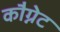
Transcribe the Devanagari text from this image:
कौग्नेट